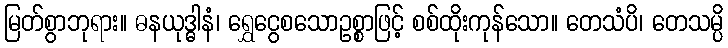
မြတ်စွာဘုရား။ ဓနယုဒ္ဓါနံ၊ ရွှေငွေစသောဥစ္စာဖြင့် စစ်ထိုးကုန်သော။ တေသံပိ၊ တေသမ္ပိ